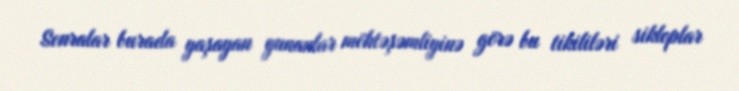
Sonralar burada yaşayan yunanlar möhtəşəmliyinə görə bu tikililəri sikloplar